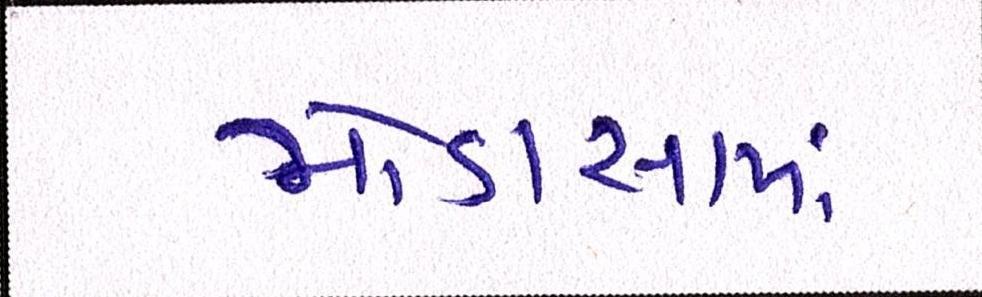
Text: મોડાસામાં